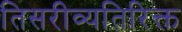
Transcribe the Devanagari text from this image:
तिसरीव्यतिरिक्त